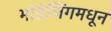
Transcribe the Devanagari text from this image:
मॉडेलिंगमधून